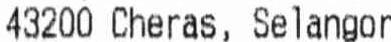
43200 CHERAS, SELANGOR